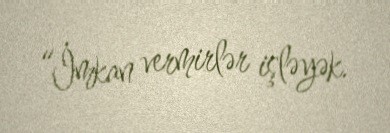
“İmkan vermirlər işləyək.